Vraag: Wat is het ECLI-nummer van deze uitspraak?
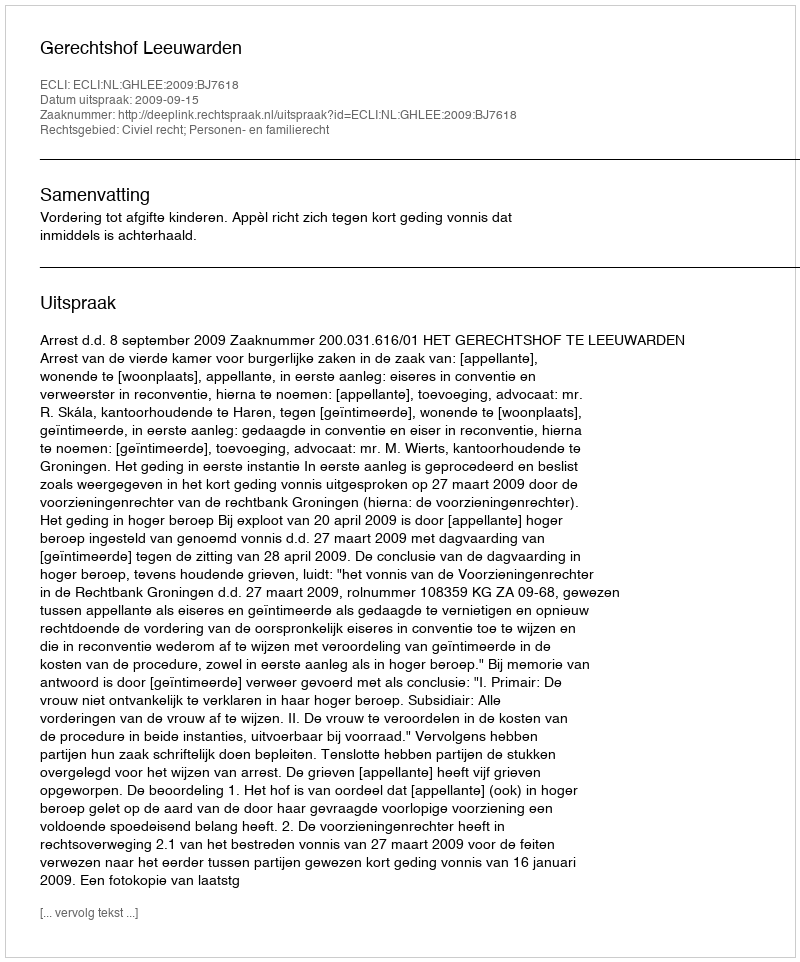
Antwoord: ECLI:NL:GHLEE:2009:BJ7618